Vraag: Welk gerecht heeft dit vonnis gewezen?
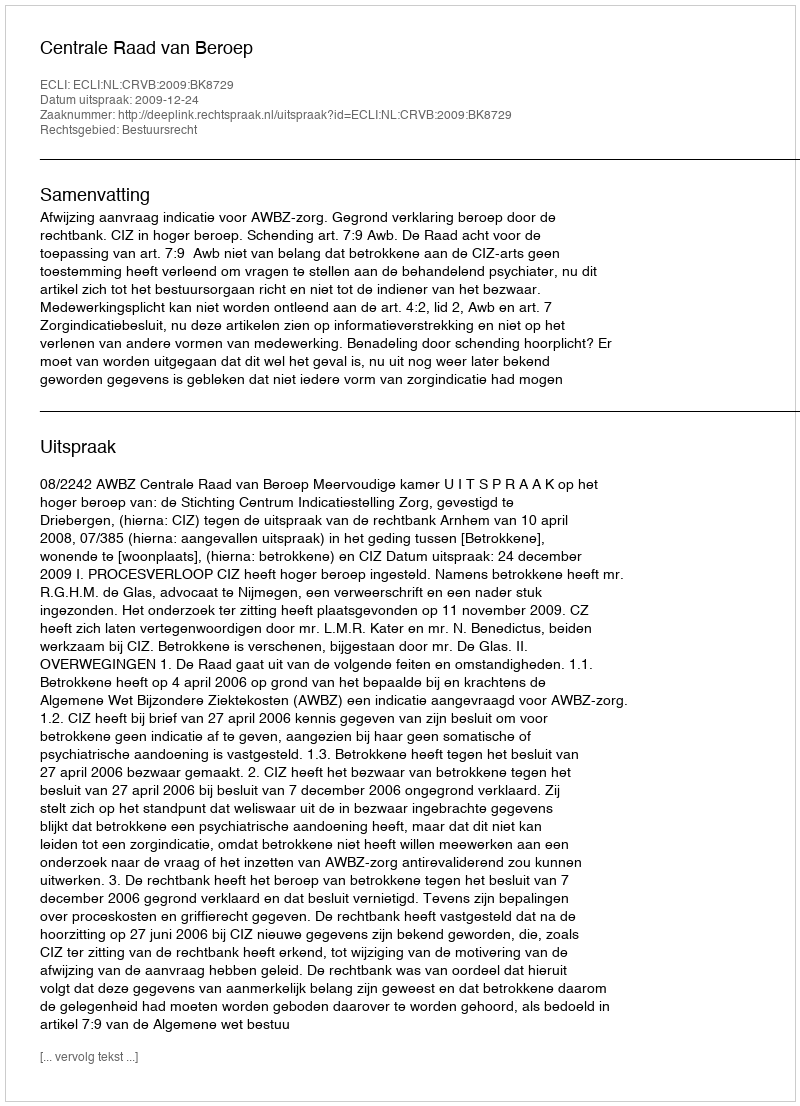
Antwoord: Centrale Raad van Beroep